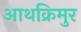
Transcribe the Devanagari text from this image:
आथक्रिमुर